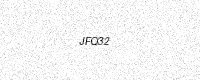
Text: JFQ32